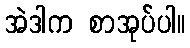
အဲဒါက စာအုပ်ပါ။